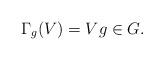
LaTeX: \begin{align*} \Gamma_g(V)=V g\in G. \end{align*}